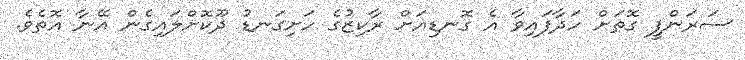
ސަރަންފީ ގޮތަށް ހަދާފައިވާ އެ ގޮނޑިއަށް ރާކިޒުގެ ހަށިގަނޑު ދޫކޮށްލައިގެން އޭނާ އޮތެވެ.